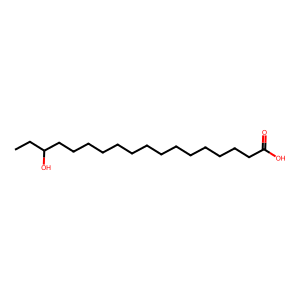
SMILES: CCC(O)CCCCCCCCCCCCCCC(=O)O
Inhibits HIV replication: No